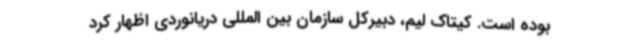
بوده است. کیتاک لیم، دبیرکل سازمان بین المللی دریانوردی اظهار کرد